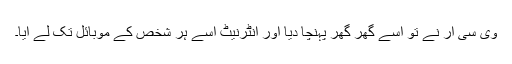
وی سی آر نے تو اسے گھر گھر پہنچا دیا اور انٹرنیٹ اسے ہر شخص کے موبائل تک لے آیا۔